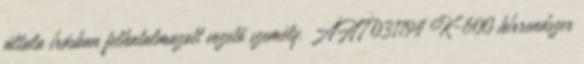
általa írásban felhatalmazott vezető személy. ÁHT 031194 K-600 hírrendszer